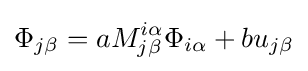
\Phi _{j\beta }=aM_{j\beta }^{i\alpha }\Phi _{i\alpha }+bu_{j\beta }